Some observations on the poison of the banded krait (Bungarus fasciatus) - Number 7
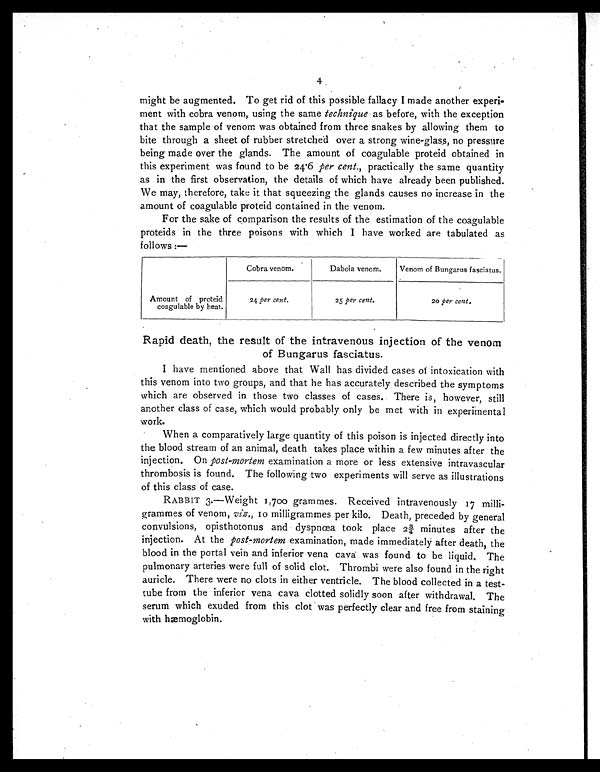
4
might be augmented. To get rid of this possible fallacy I made another experi-
ment with cobra venom, using the same technique as before, with the exception
that the sample of venom was obtained from three snakes by allowing them to
bite through a sheet of rubber stretched over a strong wine-glass, no pressure
being made over the glands. The amount of coagulable proteid obtained in
this experiment was found to be 24.6 per cent., practically the same quantity
as in the first observation, the details of which have already been published.
We may, therefore, take it that squeezing the glands causes no increase in the
amount of coagulable proteid contained in the venom.
For the sake of comparison the results of the estimation of the coagulable
proteids in the three poisons with which I have worked are tabulated as
follows:—
Cobra venom.
Daboia venom.
Venom of Bungarus fasciatus.
Amount of proteid
coagulable by heat.
24 per cent.
25 per cent.
20 per cent.
Rapid death, the result of the intravenous injection of the venom
of Bungarus fasciatus.
I have mentioned above that Wall has divided cases of intoxication with
this venom into two groups, and that he has accurately described the symptoms
which are observed in those two classes of cases. There is, however, still
another class of case, which would probably only be met with in experimental
work.
When a comparatively large quantity of this poison is injected directly into
the blood stream of an animal, death takes place within a few minutes after the
injection. On post-mortem examination a more or less extensive intravascular
thrombosis is found. The following two experiments will serve as illustrations
of this class of case.
RABBIT 3.—Weight 1,700 grammes. Received intravenously 17
milli-grammes of venom, viz., 10 milligrammes per kilo. Death, preceded by general
convulsions, opisthotonus and dyspnœa took place 2¾ minutes after the
injection. At the post-mortem examination, made immediately after death, the
blood in the portal vein and inferior vena cava was found to be liquid. The
pulmonary arteries were full of solid clot. Thrombi were also found in the right
auricle. There were no clots in either ventricle. The blood collected in a test-
tube from the inferior vena cava clotted solidly soon after withdrawal. The
serum which exuded from this clot was perfectly clear and free from staining
with hæmoglobin.